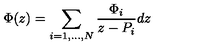
\Phi ( z ) = \sum _ { i = 1 , . . . , N } \frac { \Phi _ { i } } { z - P _ { i } } d z